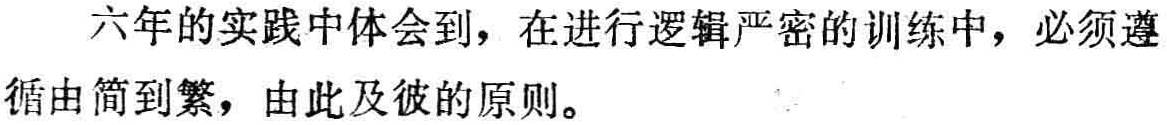
六年的实践中体会到，在进行逻辑严密的训练中，必须遵循由简到繁，由此及彼的原则。